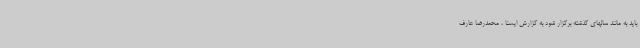
باید به مانند سالهای گذشته برگزار شود به گزارش ایسنا ، محمدرضا عارف